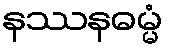
နဿနဓမ္မံ